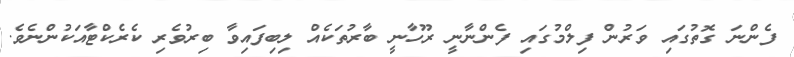
ފެންނަ ގޮތުގައި ވަރުން ފިލްމުގައި ފެންނާނީ ރޫހާނީ ބާރުތަކެއް ލިބިފައިވާ ބިރުވެރި ކެރެކްޓާއަކުންނެވެ.